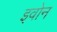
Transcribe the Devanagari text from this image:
इवोन